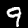
Digit: 9